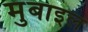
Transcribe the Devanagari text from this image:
मुबाइल